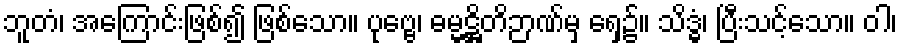
ဘူတံ၊ အကြောင်းဖြစ်၍ ဖြစ်သော။ ပုဗ္ဗေ၊ ဓမ္မဋ္ဌိတိဉာဏ်မှ ရှေ့၌။ သိဒ္ဓံ၊ ပြီးသင့်သော။ ဝါ၊